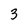
Character: 3